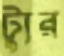
ট্যুর